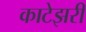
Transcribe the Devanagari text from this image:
काटेझरी